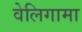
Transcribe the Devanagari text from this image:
वेलिगामा